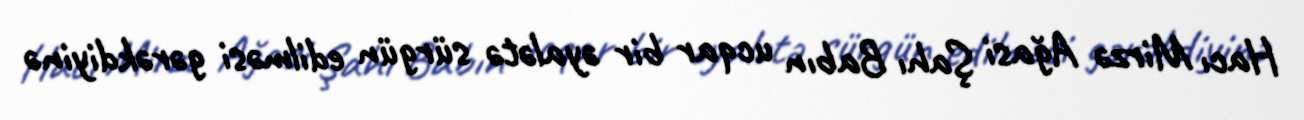
Hacı Mirzə Ağasi Şahı Babın ucqar bir əyalətə sürgün edilməsi gərəkdiyinə